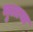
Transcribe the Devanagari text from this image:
मुलाया